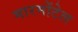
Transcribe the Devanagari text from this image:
मारमोंटेल